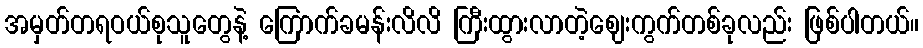
အမှတ်တရဝယ်စုသူတွေနဲ့ ကြောက်ခမန်းလိလိ ကြီးထွားလာတဲ့ဈေးကွက်တစ်ခုလည်း ဖြစ်ပါတယ်။